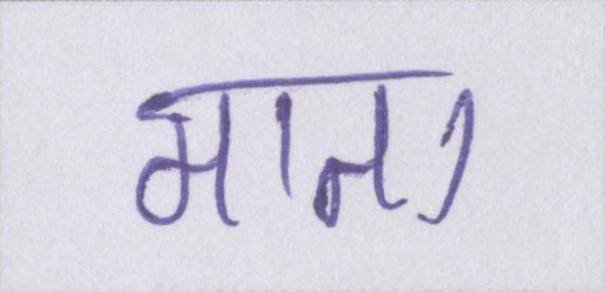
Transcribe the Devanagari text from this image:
माता